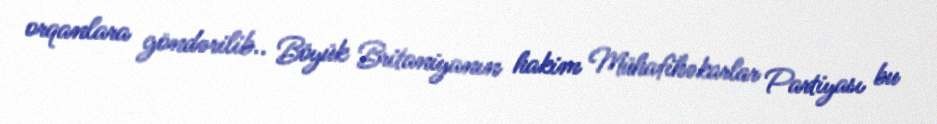
orqanlara göndərilib.. Böyük Britaniyanın hakim Mühafihəkarlar Partiyası bu